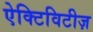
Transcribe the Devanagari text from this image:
ऐक्टिविटीज़